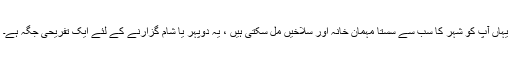
یہاں آپ کو شہر کا سب سے سستا مہمان خانہ اور سلاخیں مل سکتی ہیں ، یہ دوپہر یا شام گزارنے کے لئے ایک تفریحی جگہ ہے۔